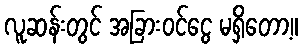
လူဆန်းတွင် အခြားဝင်ငွေ မရှိတော့။